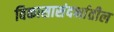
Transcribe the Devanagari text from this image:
विकासासंदर्भातील